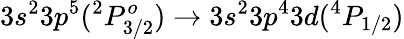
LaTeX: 3s^{2}3p^{5}(^{2}P_{3/2}^{o})\rightarrow 3s^{2}3p^{4}3d(^{4}P_{1/2})